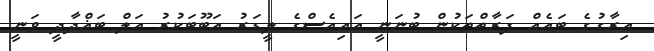
އިރާގުގެ ބައެއް ފަރާތްތަކުން ބުނަނީ އައިއެސްގެ ލީޑަރު އަބޫބަކުރު އަލް ބަޣްދާދީ ވަނީ